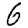
Digit: 6